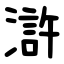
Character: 滸